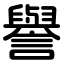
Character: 譽